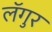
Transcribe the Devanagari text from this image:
लॅगुर